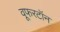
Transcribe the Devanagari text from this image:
वूफरटॉन